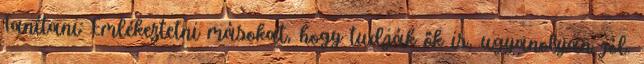
Tanítani: Emlékeztetni másokat, hogy tudják ők is, ugyanolyan jól.